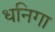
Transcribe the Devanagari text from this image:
धनिगा